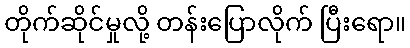
တိုက်ဆိုင်မှုလို့ တန်းပြောလိုက် ပြီးရော။